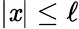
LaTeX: |\mathit{x}|\leq\ell